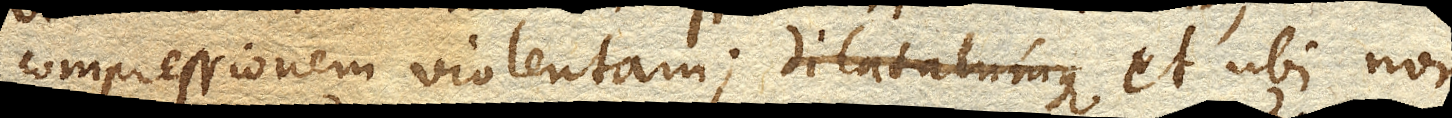
compressionem violentam; dilatatumque et ubi non